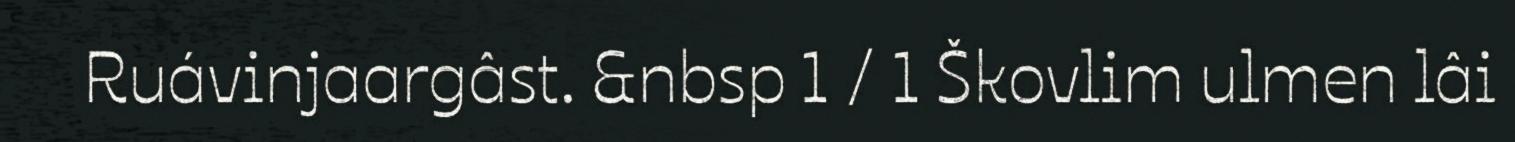
Ruávinjaargâst. &nbsp 1 / 1 Škovlim ulmen lâi